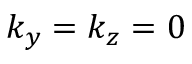
k _ { y } = k _ { z } = 0